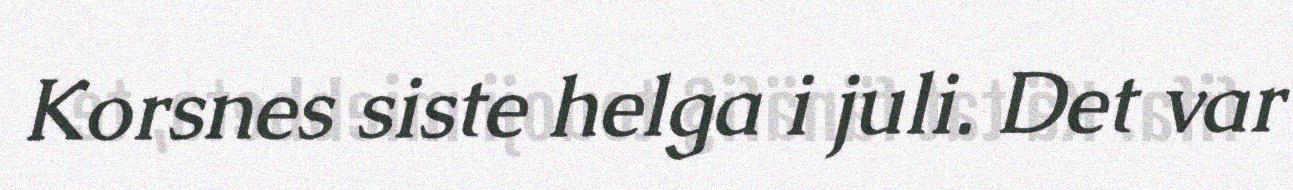
Korsnes siste helga i juli. Det var